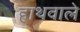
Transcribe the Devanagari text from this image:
हाथवाले